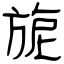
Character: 旎